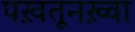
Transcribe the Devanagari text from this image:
पख़तूनख़्वा